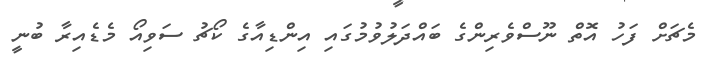
މެޗަށް ފަހު އޮތް ނޫސްވެރިންގެ ބައްދަލުވުމުގައި އިންޑިއާގެ ކޯޗު ސަވިއޯ މެޑެއިރާ ބުނީ